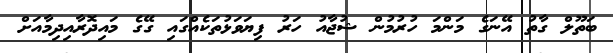
ބަތޫލް ގާތު އޭނަގެ މަންމަ ހުރުމުން ޝުޖާއު ހަރު ފިޔަވަޅުތަކެއްގައި ގޭގެ މައިދޮރާއިދިމާއަށް